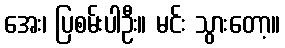
အေး၊ ပြစမ်းပါဦး။ မင်း သွားတော့။